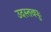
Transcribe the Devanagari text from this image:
उदस्तवपुः